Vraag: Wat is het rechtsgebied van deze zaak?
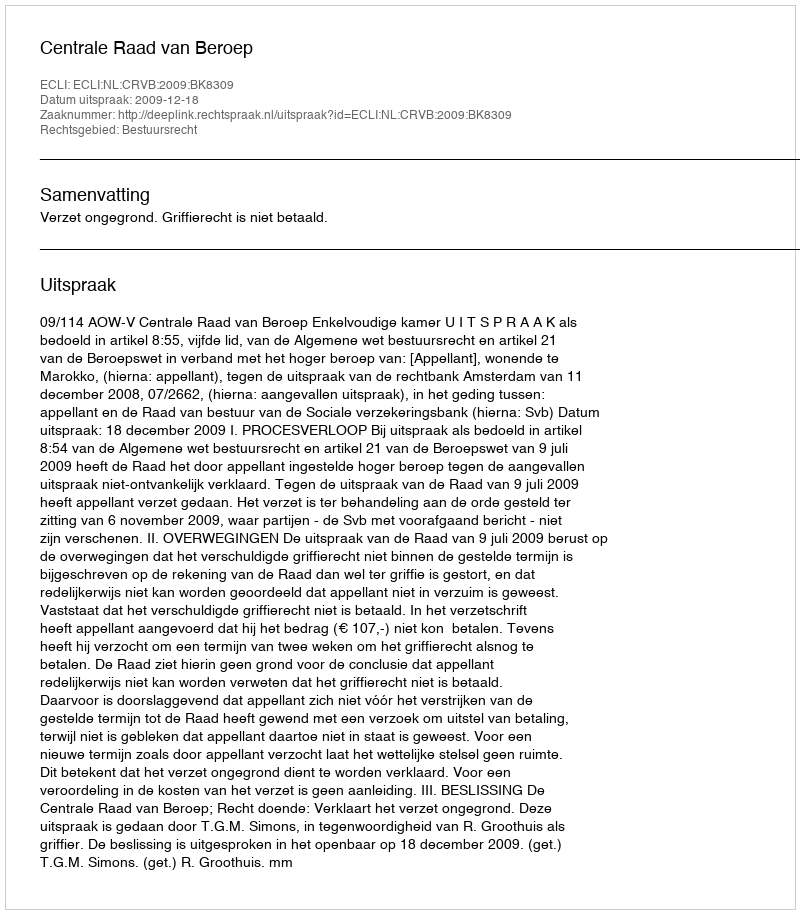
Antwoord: Bestuursrecht